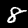
Label: 8